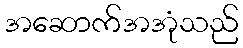
အဆောက်အအုံသည်